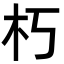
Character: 朽